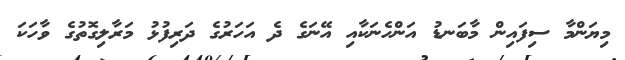
މިޔަންމާ ސިފައިން މާބަނޑު އަންހެނަކާއި އޭނަގެ ދެ އަހަރުގެ ދަރިފުޅު މަރާލިގޮތުގެ ވާހަކަ